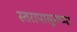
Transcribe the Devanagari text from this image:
स्तरापासूनच्या